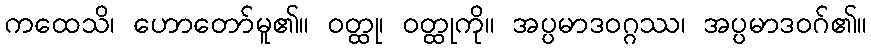
ကထေသိ၊ ဟောတော်မူ၏။ ဝတ္ထု၊ ဝတ္ထုကို။ အပ္ပမာဒဝဂ္ဂဿ၊ အပ္ပမာဒဝဂ်၏။